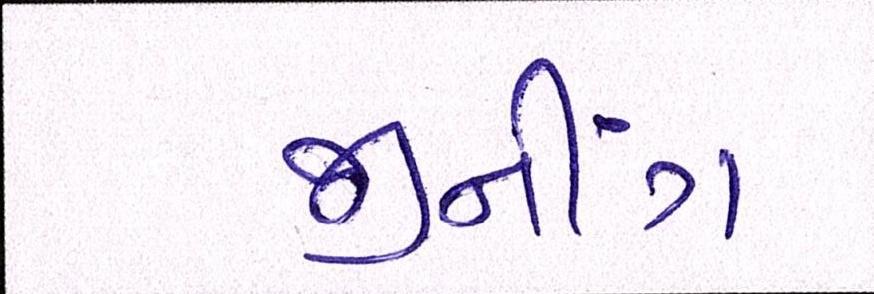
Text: જીનીંગ